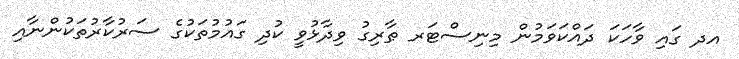
އދ ގައި ވާހަކަ ދައްކަވަމުން މިނިސްޓަރ ޠާރިގު ވިދާޅުވީ ކުދި ގައުމުތަކުގެ ސަރުކާރުތަކުންނާއި